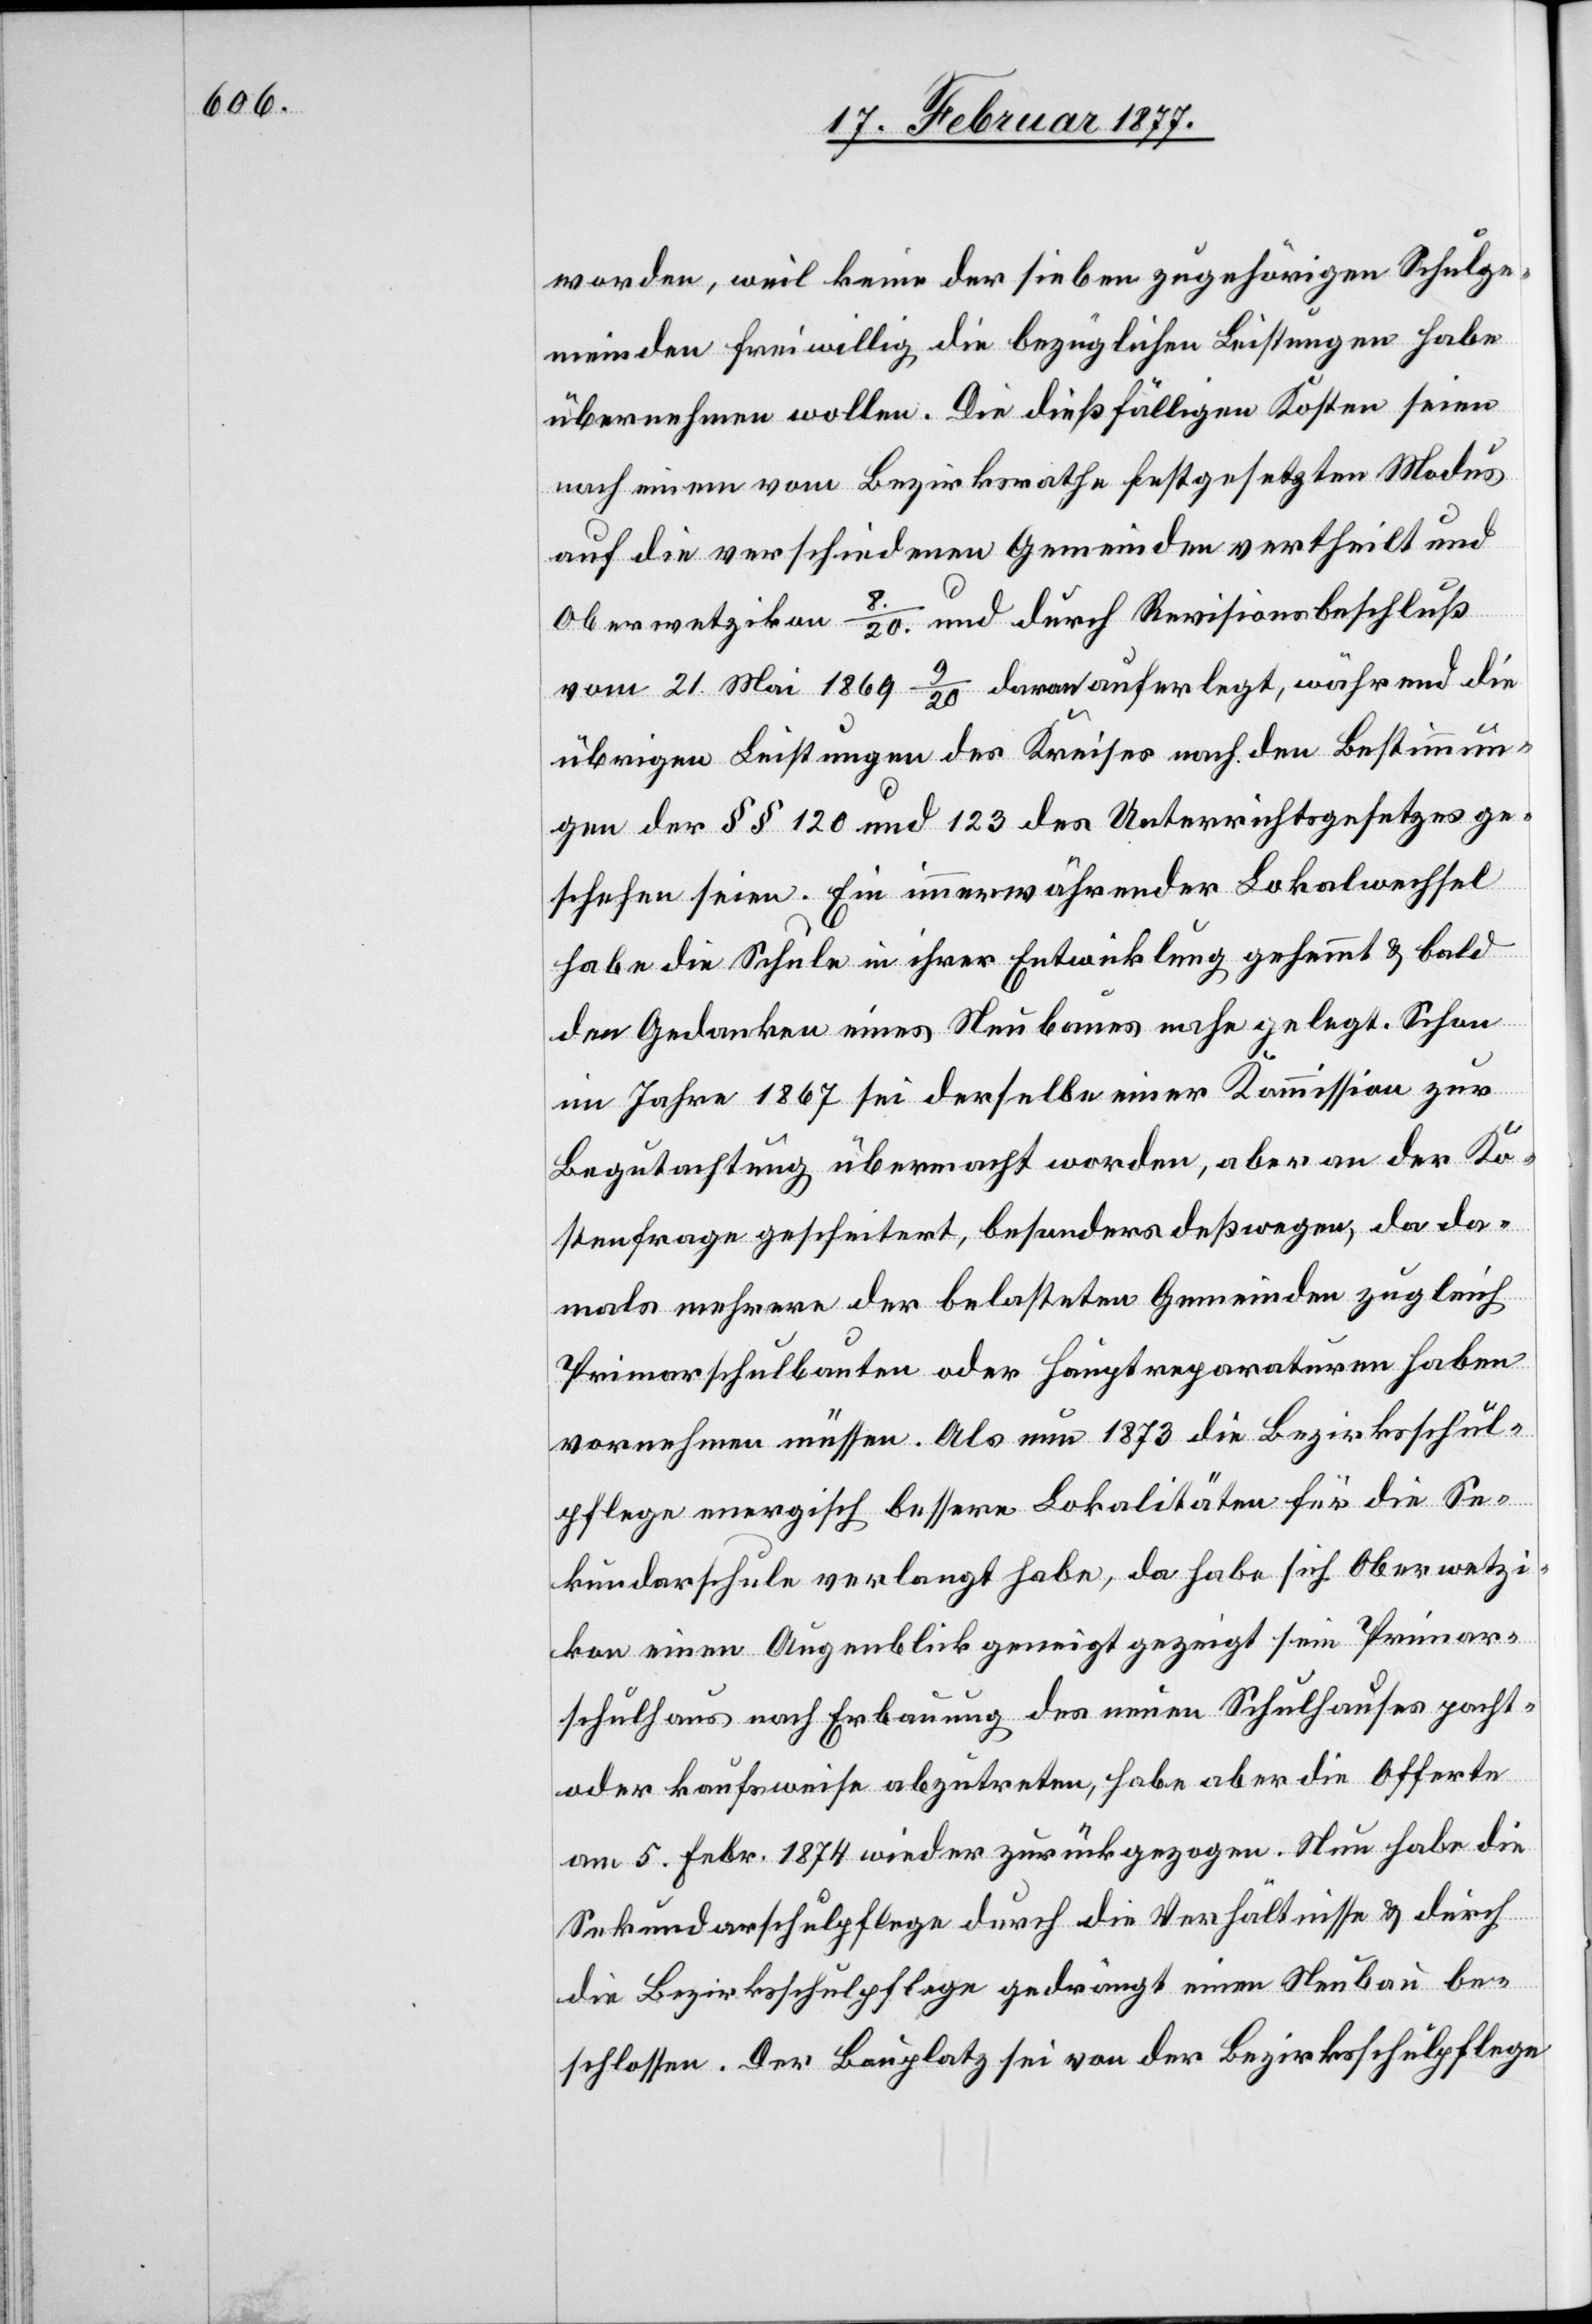
worden, weil keine der sieben zugehörigen Schulge¬
meinden freiwillig die bezüglichen Leistungen habe
übernehmen wollen. Die dießfälligen Kosten seien
nach einem vom Bezirksrathe festgesetzten Modus
auf die verschiedenen Gemeinden vertheilt und
Oberwetzikon 8./20. und durch Revisionsbeschluß
vom 21. Mai 1869 9/20 daran auferlegt, während die
übrigen Leistungen des Kreises nach den Bestimmun¬
gen der §§ 120 und 123 des Unterrichtsgesetzes ge¬
schehen seien. Ein immerwährender Lokalwechsel
habe die Schule in ihrer Entwicklung gehemmt & bald
den Gedanken eines Neubaues nahe gelegt. Schon
im Jahr 1867 sei derselbe einer Kommission zur
Begutachtung übermacht worden, aber an der Ko¬
stenfrage gescheitert, besonders deßwegen, da da¬
mals mehrere der belasteten Gemeinden zugleich
Primarschulbauten oder Hauptreparaturen haben
vornehmen müssen. Als nun 1873 die Bezirksschul¬
pflege energisch bessere Lokalitäten für die Se¬
kundarschule verlangt habe, da habe sich Oberwetzi¬
kon einen Augenblick geneigt gezeigt, sein Primar¬
schulhaus nach Erbauung eines neuen Schulhauses pacht-
oder kaufsweise abzutreten, habe aber die Offerte
am 5. Febr. 1874 wieder zurückgezogen. Nun habe die
Sekundarschulpflege durch die Verhältnisse & durch
die Bezirksschulpflege gedrängt einen Neubau be¬
schlossen. Der Bauplatz sei von der Bezirksschulpflege